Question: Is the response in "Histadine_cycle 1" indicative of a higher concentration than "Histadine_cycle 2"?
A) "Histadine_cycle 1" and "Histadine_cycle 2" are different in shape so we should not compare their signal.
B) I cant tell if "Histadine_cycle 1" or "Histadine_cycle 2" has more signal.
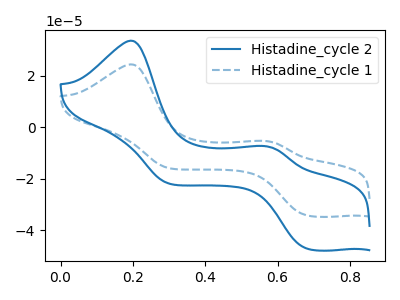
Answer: <think>The blue curve "Histadine_cycle 2" has anodic peaks at (0.20V, 33.70uA) (0.55V, -7.35uA) and cathodic peaks at (0.70V, -47.10uA) (0.30V, -21.85uA). The blue dashed curve "Histadine_cycle 1" has anodic peaks at (0.20V, 24.50uA) (0.55V, -5.30uA) and cathodic peaks at (0.70V, -34.20uA) (0.30V, -15.85uA).
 All the peaks in "Histadine_cycle 1" have a peak in "Histadine_cycle 2" at the same potential.</think>
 <answer>B) I cant tell if "Histadine_cycle 1" or "Histadine_cycle 2" has more signal.</answer>
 <eval>B</eval>